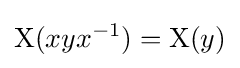
\mathrm {X} (xyx^{-1})=\mathrm {X} (y)